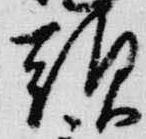
頭